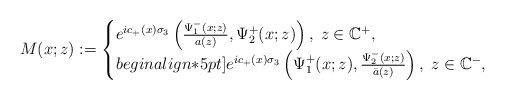
\begin{align*} M(x ;z):=\begin{cases} e^{ic_+(x)\sigma_3}\left(\frac{\Psi_1^-(x ; z)}{a(z)},\Psi^+_2(x ;z)\right), \; z\in \mathbb{C}^+,\\begin{align*}5pt] e^{ic_+(x)\sigma_3}\left(\Psi_1^+(x ; z), \frac{\Psi^-_2(x;z)}{\bar{a}(z)}\right), \; z\in \mathbb{C}^-, \end{cases} \end{align*}